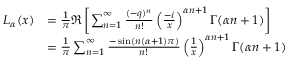
{ \begin{array} { r l } { L _ { \alpha } ( x ) } & { = { \frac { 1 } { \pi } } \Re \left[ \sum _ { n = 1 } ^ { \infty } { \frac { ( - q ) ^ { n } } { n ! } } \left( { \frac { - i } { x } } \right) ^ { \alpha n + 1 } \Gamma ( \alpha n + 1 ) \right] } \\ & { = { \frac { 1 } { \pi } } \sum _ { n = 1 } ^ { \infty } { \frac { - \sin ( n ( \alpha + 1 ) \pi ) } { n ! } } \left( { \frac { 1 } { x } } \right) ^ { \alpha n + 1 } \Gamma ( \alpha n + 1 ) } \end{array} }